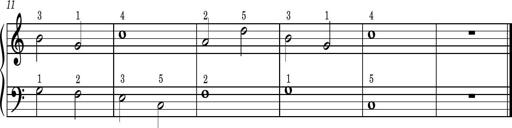
Title: Easy Progressive Lessons and 4 Sonatinas
Composer: Thomas Attwood